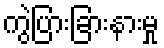
ကွဲပြားခြားနားမှု